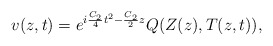
\begin{align*}v(z,t)=e^{i\frac{C_2}{4}t^2-\frac{C_2}{2}z}Q(Z(z),T(z,t)),\end{align*}